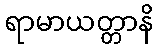
ရာမာယတ္တာနိ